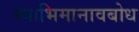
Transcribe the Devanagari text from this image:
स्वाभिमानावबोध